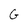
Character: G